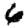
Digit: 6